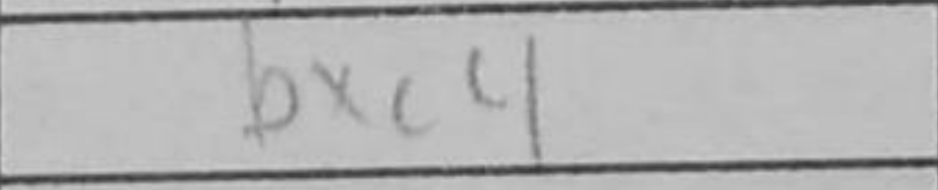
Transcription: bxc4